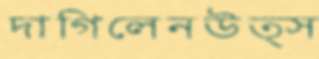
দাগিলেনউত্স